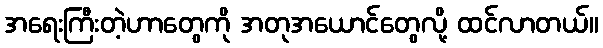
အရေးကြီးတဲ့ဟာတွေကို အတုအယောင်တွေလို့ ထင်လာတယ်။